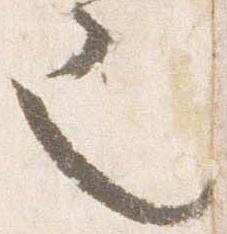
也